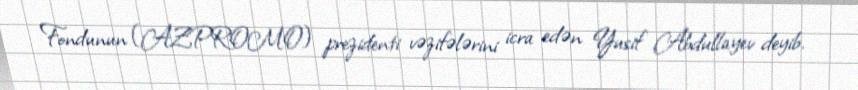
Fondunun (AZPROMO) prezidenti vəzifələrini icra edən Yusif Abdullayev deyib.